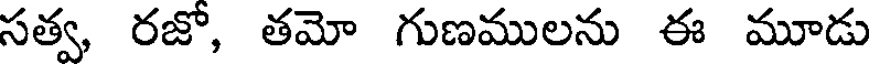
సత్వ, రజో, తమో గుణములను ఈ మూడు